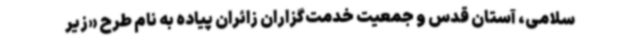
سلامی، آستان قدس و جمعیت خدمت‌گزاران زائران پیاده به نام طرح «زیر